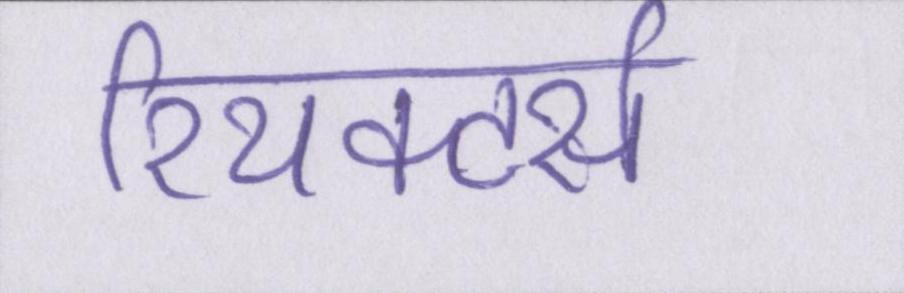
रियक्टर्स